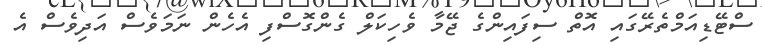
ސްޓޭޑިއަމްތެރޭގައި އޮތް ސިފައިންގެ ޖޭމާ ވެހިކަލް ގެންގޮސްފި އެހެން ނަމަވެސް އަދިވެސް އެ